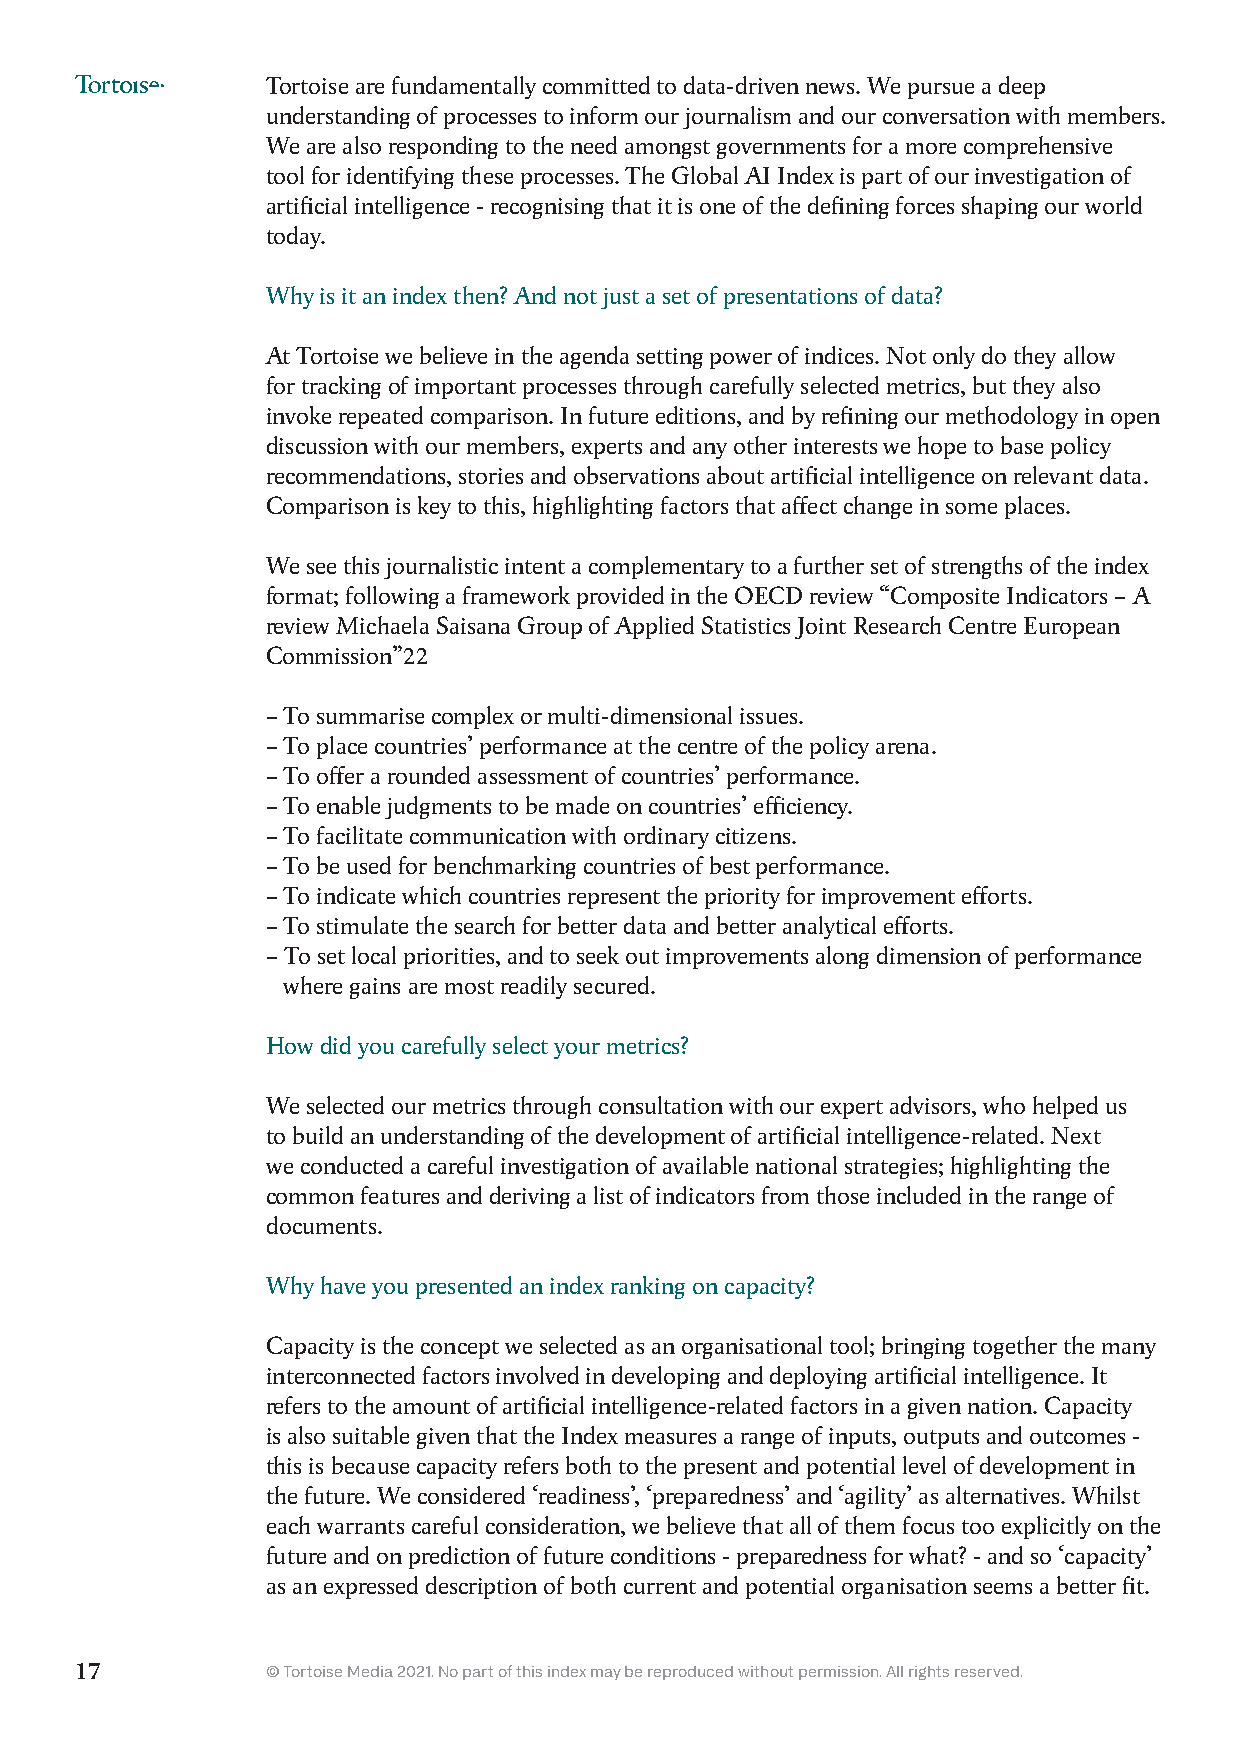
Tortoise are fundamentally committed to data-driven news. We pursue a deep
 understanding of processes to inform our journalism and our conversation with members.
 We are also responding to the need amongst governments for a more comprehensive
 tool for identifying these processes. The Global AI Index is part of our investigation of
 artificial intelligence - recognising that it is one of the defining forces shaping our world
 today.
 Why is it an index then? And not just a set of presentations of data?
 At Tortoise we believe in the agenda setting power of indices. Not only do they allow
 for tracking of important processes through carefully selected metrics, but they also
 invoke repeated comparison. In future editions, and by refining our methodology in open
 discussion with our members, experts and any other interests we hope to base policy
 recommendations, stories and observations about artificial intelligence on relevant data.
 Comparison is key to this, highlighting factors that affect change in some places.
 We see this journalistic intent a complementary to a further set of strengths of the index
 format; following a framework provided in the OECD review “Composite Indicators – A
 review Michaela Saisana Group of Applied Statistics Joint Research Centre European
 Commission”22
 – To summarise complex or multi-dimensional issues.
 – To place countries’ performance at the centre of the policy arena.
 – To offer a rounded assessment of countries’ performance.
 – To enable judgments to be made on countries’ efficiency.
 – To facilitate communication with ordinary citizens.
 – To be used for benchmarking countries of best performance.
 – To indicate which countries represent the priority for improvement efforts.
 – To stimulate the search for better data and better analytical efforts.
 – To set local priorities, and to seek out improvements along dimension of performance
 where gains are most readily secured.
 How did you carefully select your metrics?
 We selected our metrics through consultation with our expert advisors, who helped us
 to build an understanding of the development of artificial intelligence-related. Next
 we conducted a careful investigation of available national strategies; highlighting the
 common features and deriving a list of indicators from those included in the range of
 documents.
 Why have you presented an index ranking on capacity?
 Capacity is the concept we selected as an organisational tool; bringing together the many
 interconnected factors involved in developing and deploying artificial intelligence. It
 refers to the amount of artificial intelligence-related factors in a given nation. Capacity
 is also suitable given that the Index measures a range of inputs, outputs and outcomes -
 this is because capacity refers both to the present and potential level of development in
 the future. We considered ‘readiness’, ‘preparedness’ and ‘agility’ as alternatives. Whilst
 each warrants careful consideration, we believe that all of them focus too explicitly on the
 future and on prediction of future conditions - preparedness for what? - and so ‘capacity’
 as an expressed description of both current and potential organisation seems a better fit.
 17           © Tortoise Media 2021. No part of this index may be reproduced without permission. All rights reserved.